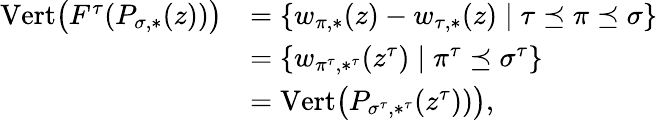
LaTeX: \begin{array}{rl}{\mathrm{Vert}\big(F^{\tau}(P_{\sigma,*}(z))\big)}&{=\{ w_{\pi,*}(z)-w_{\tau,*}(z)\mid\tau\preceq\pi\preceq\sigma\} }\\ &{=\{ w_{\pi^{\tau},*^{\tau}}(z^{\tau})\mid\pi^{\tau}\preceq\sigma^{\tau}\} }\\ &{=\mathrm{Vert}\big(P_{\sigma^{\tau},*^{\tau}}(z^{\tau}))\big),}\end{array}